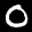
Label: 0